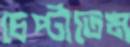
চেপ্‌টাতেম